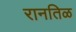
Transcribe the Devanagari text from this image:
रानतिळ